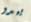
يبدو